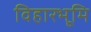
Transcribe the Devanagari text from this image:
विहारभूमि